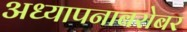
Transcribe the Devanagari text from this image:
अध्यापनाबरोबर